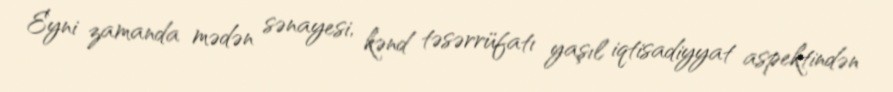
Eyni zamanda mədən sənayesi, kənd təsərrüfatı yaşıl iqtisadiyyat aspektindən